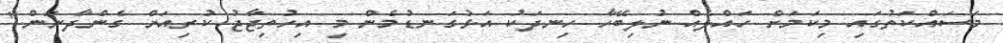
މަސައްކަތުގައި މިކަމަށް ހައްލެއް ނުލިބޭހާ ހިނދަކު އަޅުގަނޑުމެން މި އިހުތިޖާޖު ކުރިއަށް ގެންދާނަން."